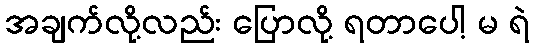
အချက်လို့လည်း ပြောလို့ ရတာပေါ့ မ ရဲ